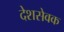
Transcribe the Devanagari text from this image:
देशसेवक